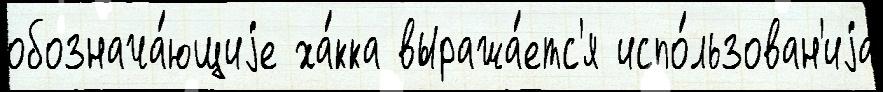
обознача́ющиjе ха́кка выража́етс'я испо́льзован'иjа